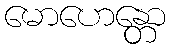
မောဟေန္တော